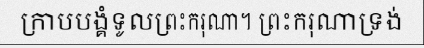
ក្រាបបង្គំទូលព្រះករុណា។ ព្រះករុណាទ្រង់